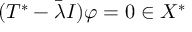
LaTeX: ( T ^ { * } - { \bar { \lambda } } I ) \varphi = 0 \in X ^ { * }